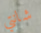
شانتي